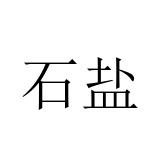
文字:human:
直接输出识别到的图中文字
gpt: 石盐